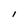
Character: I